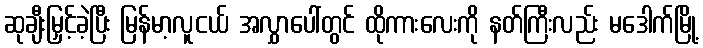
ဆုချီးမြှင့်ခဲ့ပြီး မြန်မာ့လူငယ် အလွှာပေါ်တွင် ထိုကားလေးကို နတ်ကြီးလည်း မဒေါက်မြို့